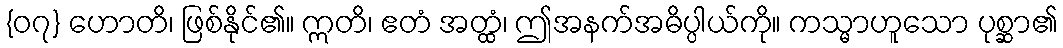
{၀၇} ဟောတိ၊ ဖြစ်နိုင်၏။ ဣတိ၊ ဧတံ အတ္ထံ၊ ဤအနက်အဓိပ္ပါယ်ကို။ ကသ္မာဟူသော ပုစ္ဆာ၏